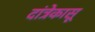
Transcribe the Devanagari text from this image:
दांत्रेकासू